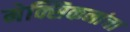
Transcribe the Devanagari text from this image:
मेक्सिकनांचा